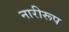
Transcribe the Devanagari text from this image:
नारीरूप